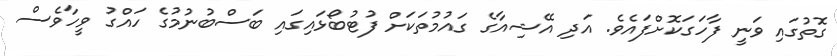
ގޮތުގައި ވަނީ ފާހަގަކޮށްފައެވެ. އަދި އޭޝިއާގެ ގައުމުތަކަށް ފުޓުބޯޅައިގައި ބަސްބުނުމުގެ ހައްގު ވީހާވެސް